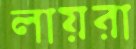
লায়রা